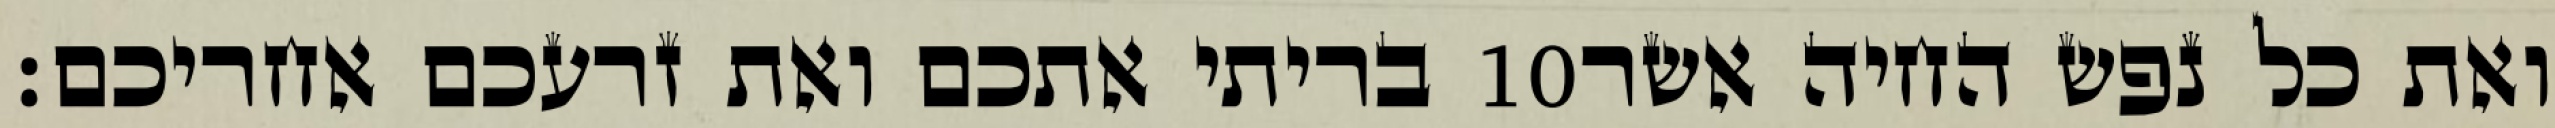
בריתי אתכם ואת זרעכם אחריכם׃ ‎10‏ ואת כל נפש החיה אשר